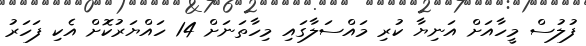
ފުލުސް މީހާއަށް އަނިޔާ ކުރި މައްސަލާގައި މިހާތަނަށް 14 ހައްޔަރުކޮށް އެކި ފަހަރު